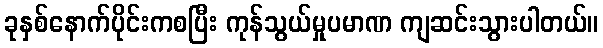
ခုနှစ်နောက်ပိုင်းကစပြီး ကုန်သွယ်မှုပမာဏ ကျဆင်းသွားပါတယ်။